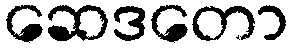
ဆေဒတော